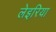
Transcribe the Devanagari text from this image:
लेइरिया